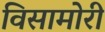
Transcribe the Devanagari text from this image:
विसामोरी